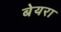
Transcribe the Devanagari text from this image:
बेयरा